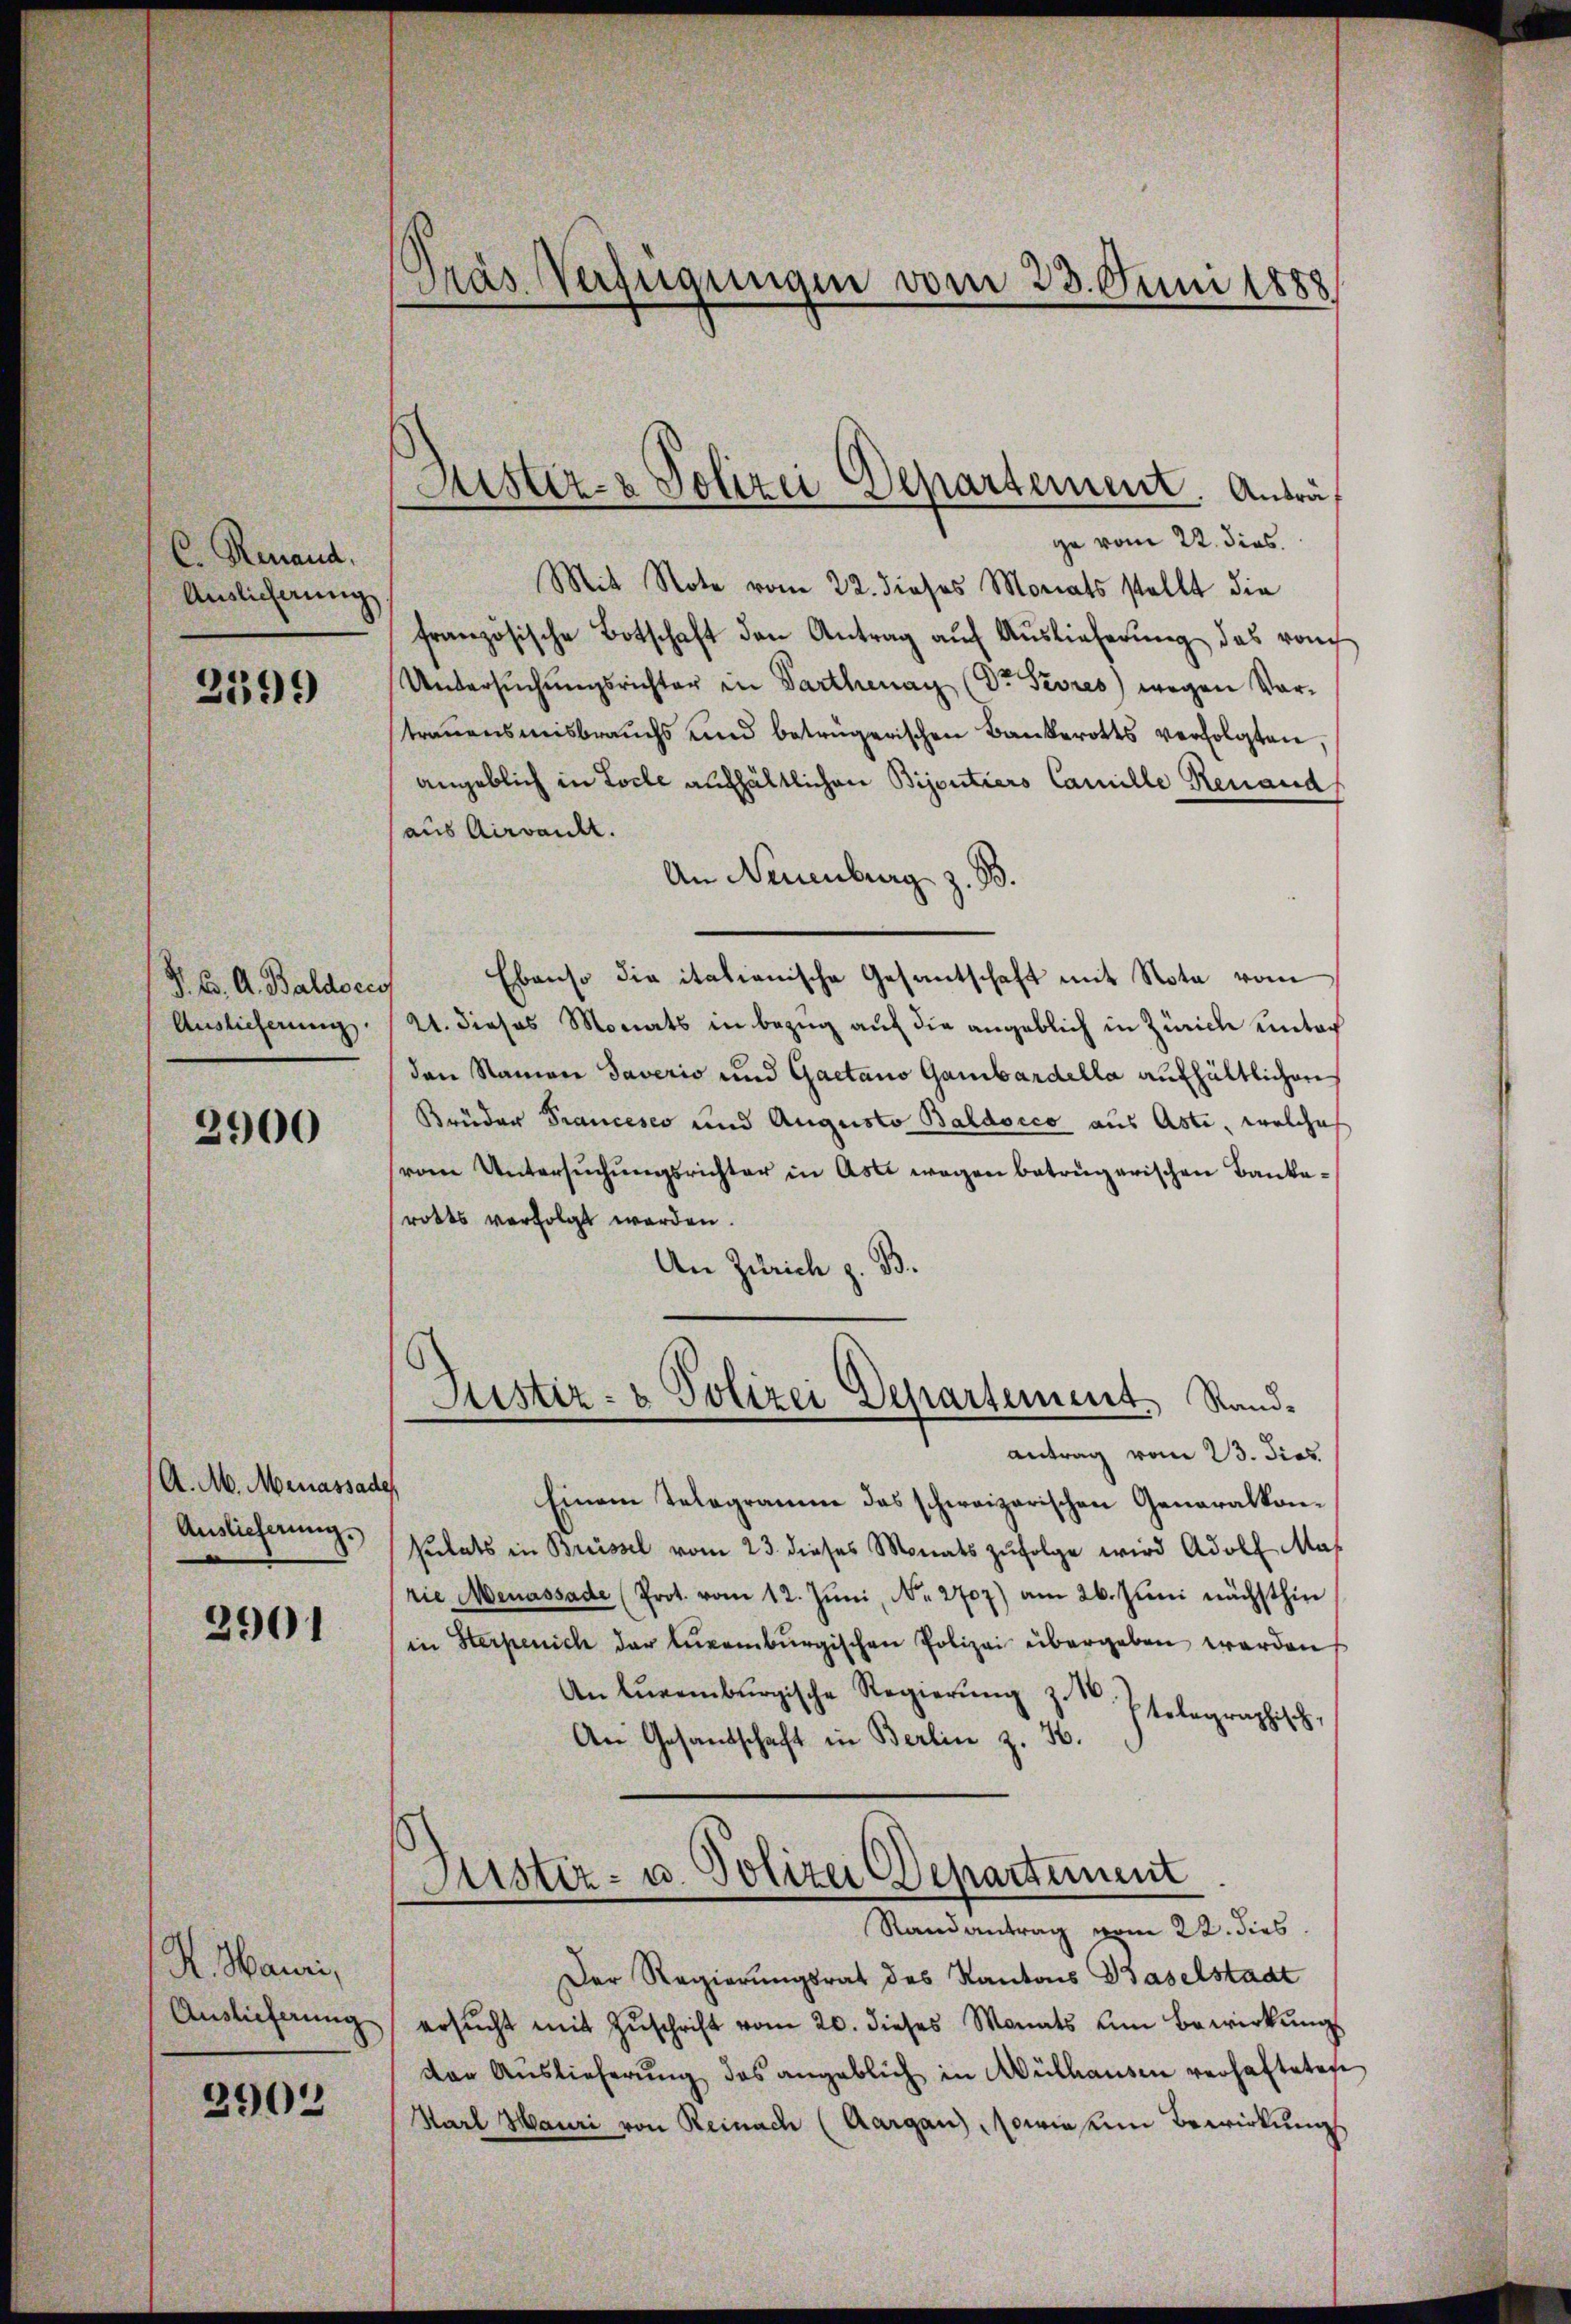
C. Renaud,
Auslieferung

2399

P. B. A. Baldoris
Auslieferung

2900

A. M. Menassade
Auslieferung.

2901

K. Mairi,
Auslieferung

2902

Pras Verfügungen vom 23. Juni 1888

Austiz- & Polizei Departement. Anträ¬
.

ge vom 22. dies
Mit Note vom 22. dieses Morats stellt die
französische Botschaft den Antrag aŭf Aŭslieferung das vo
Untersŭchŭngsrichter in Parthenay (Dr. Sevres) wegen Vortrauensmisbrauchs und betrügerischen Bankerotts verfolgten,
angeblich in Loche aufhältlichen Bijoutiers Camille Renaud
(aus Airwankt.
An Neuenburg z. B.
Ebenso die italienische Gesantschaft mit Nota vom
21. dieses Monats in Bezug auf die angeblich in Zürich unter
den Namen Taverio und Gaetano Gambardella aufhältlichen
Brüder Francesco und Augusto Baldocco aus Aste, welches
vom Untersŭchŭngsrichter in Aste wegen betrügerischen Bankarotts verfolgt werden.
An Zürich z. B.
Justiz- & Polizei Departement. Sandantrag vom 23. Sies.
t
Einem Telegramm das schweizerischen Generalkon-
sulats in Brüssel vom 23. dieses Monats zŭfolge wird Adolf Mas
rie Menassade (Prot. vom 12. Juni, N. 2707) am 26. Juni nächsthin
in Sterpenich der lürenbŭrgischen Polizei übergeben werden
An Eurembergische Regierŭng z. 16.
htelegraphisch,
An Gesandschaft in Berlin z. B.
Geister- u. Polizei Departement
Randantrag vom 22. dies
Der Regierungsrat des Kantons Baselstadt
ersŭcht mit Zŭschrift vom 20. dieses Monats um Bewirkŭng
der Aŭslieferŭng des angeblich in Mülhausen verhafteten
Karl Mauri von Reinach (Aargau, sowie ein Bewirkung